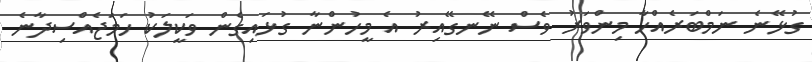
ގުޅޭނެ ނަމްބަރެއްހާ މިންވަރު ވެސް ނޭނގޭއިރު އެ މީހުންނާ ގުޅައިގެން ވަކީލަކު ހަމަޖެއްސިދާނެ